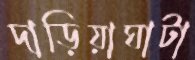
দাড়িয়াঘাটা